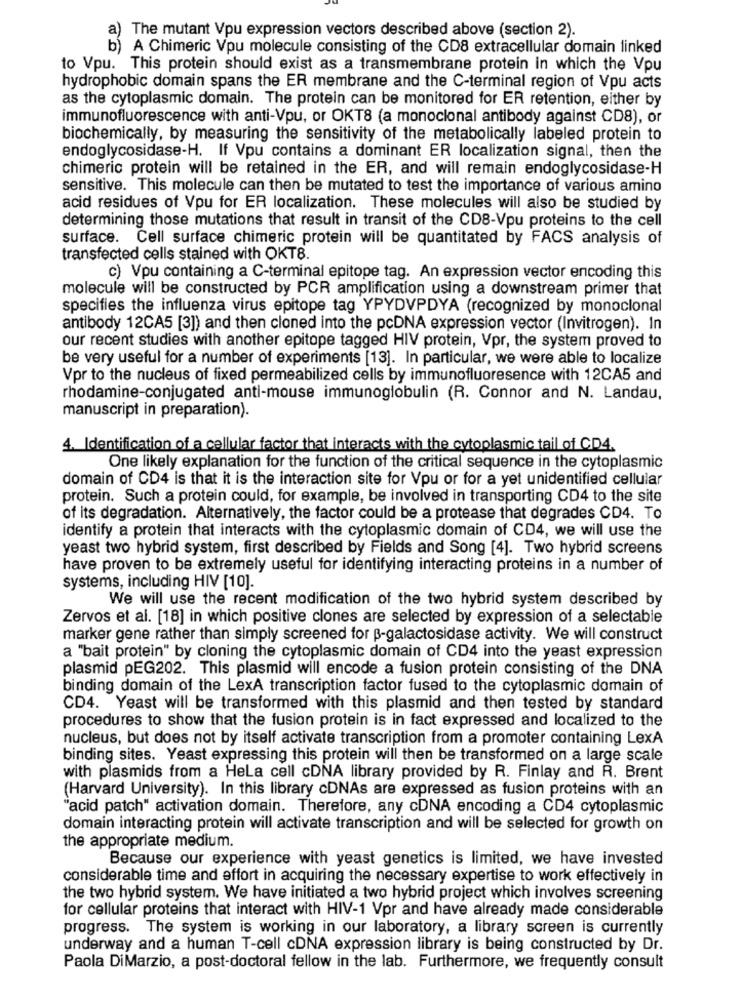
a) The mutant Vpu expression vectors described above (section 2).
b) A Chimeric Vpu molecule consisting of the CD8 extracellular domain linked
to Vpu. This protein should exist as a transmembrane protein in which the Vpu
hydrophobic domain spans the ER membrane and the C-terminal region of Vpu acts
as the cytoplasmic domain. The protein can be monitored for ER retention, either by
immunofluorescence with anti-Vpu, or OKT8 (a monoclonal antibody against CD8), or
biochemically, by measuring the sensitivity of the metabolically labeled protein to
endoglycosidase-H. If Vpu contains a dominant ER localization signal, then the
chimeric protein will be retained in the ER, and will remain endoglycosidase-H
sensitive. This molecule can then be mutated to test the importance of various amino
acid residues of Vpu for ER localization. These molecules will also be studied by
determining those mutations that result in transit of the CD8-Vpu proteins to the cell
surface. Cell surface chimeric protein will be quantitated by FACS analysis of
transfected cells stained with OKT8.
c) Vpu containing a C-terminal epitope tag. An expression vector encoding this
molecule will be constructed by PCR amplification using a downstream primer that
specifies the influenza virus epitope tag YPYDVPDYA (recognized by monoclonal
antibody 12CA5 [3]) and then cloned into the pcDNA expression vector (Invitrogen). In
our recent studies with another epitope tagged HIV protein, Vpr, the system proved to
be very useful for a number of experiments [13]. In particular, we were able to localize
Vpr to the nucleus of fixed permeabilized cells by immunofluoresence with 12CA5 and
rhodamine-conjugated anti-mouse immunoglobulin (R. Connor and N. Landau,
manuscript in preparation).
4. Identification of a cellular factor that interacts with the cytoplasmic tail of CD4.
One likely explanation for the function of the critical sequence in the cytoplasmic
domain of CD4 is that it is the interaction site for Vpu or for a yet unidentified cellular
protein. Such a protein could, for example, be involved in transporting CD4 to the site
of its degradation. Alternatively, the factor could be a protease that degrades CD4. To
identify a protein that interacts with the cytoplasmic domain of CD4, we will use the
yeast two hybrid system, first described by Fields and Song [4]. Two hybrid screens
have proven to be extremely useful for identifying interacting proteins in a number of
systems, including HIV [10].
We will use the recent modification of the two hybrid system described by
Zervos et al. [18] in which positive clones are selected by expression of a selectable
marker gene rather than simply screened for p-galactosidase activity. We will construct
a "bait protein" by cloning the cytoplasmic domain of CD4 into the yeast expression
plasmid pEG202. This plasmid will encode a fusion protein consisting of the DNA
binding domain of the LexA transcription factor fused to the cytoplasmic domain of
CD4. Yeast will be transformed with this plasmid and then tested by standard
procedures to show that the fusion protein is in fact expressed and localized to the
nucleus, but does not by itself activate transcription from a promoter containing LexA
binding sites. Yeast expressing this protein will then be transformed on a large scale
with plasmids from a Hela cell cDNA library provided by R. Finlay and R. Brent
(Harvard University). In this library cDNAs are expressed as fusion proteins with an
"acid patch" activation domain. Therefore, any cDNA encoding a CD4 cytoplasmic
domain interacting protein will activate transcription and will be selected for growth on
the appropriate medium.
Because our experience with yeast genetics is limited, we have invested
considerable time and effort in acquiring the necessary expertise to work effectively in
the two hybrid system. We have initiated a two hybrid project which involves screening
for cellular proteins that interact with HIV-1 Vpr and have already made considerable
progress. The system is working in our laboratory, a library screen is currently
underway and a human T-cell cDNA expression library is being constructed by Dr.
Paola DiMarzio, a post-doctoral fellow in the lab. Furthermore, we frequently consult